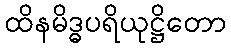
ထိနမိဒ္ဓပရိယုဋ္ဌိတော